Papers set at the Examination for Leaving Certificates, 1894
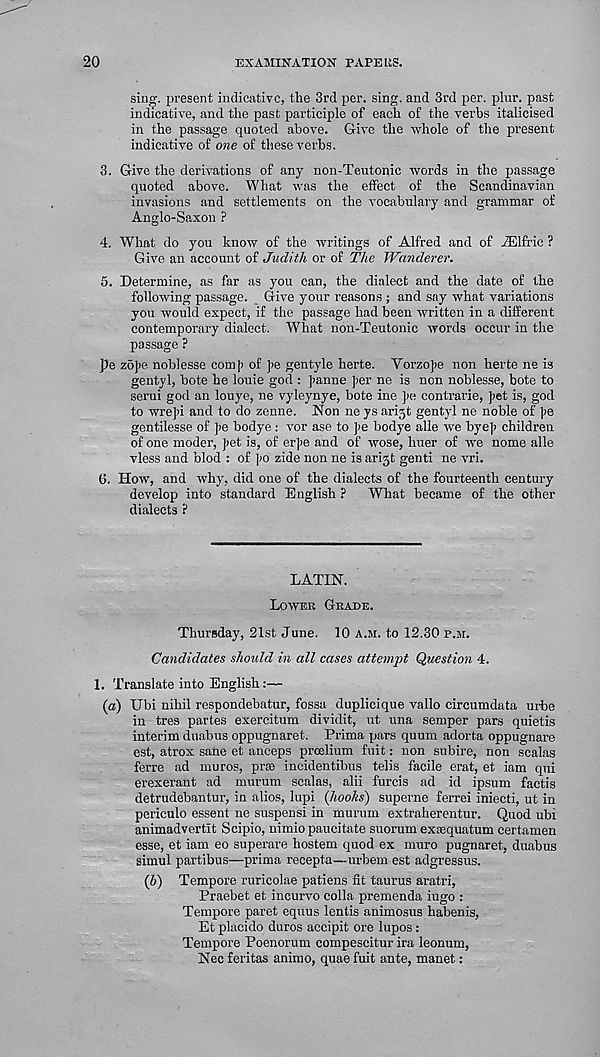
20
EXAMINATION PAPE US.
sing, present indicative, the 3rd per. sing, and 3rd per. plur. past
indicative, and the past participle of each of the verbs italicised
in the passage quoted above. Give the whole of the present
indicative of one of these verbs.
3. Give the derivations of any non-Teutonic words in the passage
quoted above. What was the effect of the Scandinavian
invasions and settlements on the vocabulary and grammar of
Anglo-Saxon ?
4. What do you know of the writings of Alfred and of iElfric ?
Give an account of Judith or of The Wanderer.
5. Determine, as far as you can, the dialect and the date of the
following passage. Give your reasons ; and say what variations
you would expect, if the passage had been written in a different
contemporary dialect. What non-Teutonic words occur in the
passage ?
pe zofe noblesse com|> of ]>e gentyle herte. Yorzofe non herte ne is
gentyl, bote he louie god : Jianne ]>er ne is non noblesse, bote to
serui god an louye, ne vyleynye, bote ine ]>e contrarie, ]>et is, god
to wreju and to do zenne. Non ne ys arigt gentyl ne noble of J>e
gentilesse of ]>e bodye : vor ase to ]>e bodye alle we bye]) children
of one moder, J>et is, of er]>e and of wose, huer of we nome alle
vless and blod : of ])0 zide non ne is arigt genti ne vri.
6. How, and why, did one of the dialects of the fourteenth century
develop into standard English ? What became of the other
dialects ?
LATIN.
Lower Grade.
Thursday, 21st June. 10 a.m. to 12.30 p.m.
Candidates should in all cases attempt Question 4.
1. Translate into English:—
(a) Ubi nihil respondebatur, fossa duplicique vallo circumdata urbe
in tres partes exercitum dividit, ut una semper pars quietis
interim duabus oppugnaret. Prima pars quum adorta oppugnare
est, atrox sane et anceps proelium fuit: non subire, non scalas
ferre ad muros, prse incidentibus telis facile erat, et iam qui
erexerant ad murum scalas, alii furcis ad id ipsum factis
detrudebantur, in alios, lupi (hooks) superne ferrei iniecti, ut in
periculo essent ne suspensi in murum extraherentur. Quod ubi
animadvertlt Scipio, nimio paucitate suorum exsequatum certamen
esse, et iam eo superare hostem quod ex muro pugnaret, duabus
simul partibus—prima recepta—urbem est adgressus.
(b) Tempore ruricolae patiens fit taurus aratri,
Praebet et incurvo colla premenda iugo :
Tempore paret equus lentis animosus habenis,
Et placido duros accipit ore lupos:
Tempore Poenorum compescitur ira leonum,
Nee feritas animo, quae fuit ante, manet: